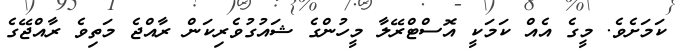
ކަމަށެވެ. މީގެ އެއް ކަމަކީ އޮސްޓްރޭލާ މީހުންގެ ޝައުގުވެރިކަން ރާއްޖެ މަތިވެ ރާއްޖޭގެ